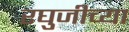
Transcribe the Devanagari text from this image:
रघुजीच्या